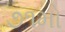
૭૧મો